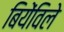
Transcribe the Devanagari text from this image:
बियेंविले